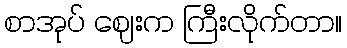
စာအုပ် ဈေးက ကြီးလိုက်တာ။